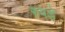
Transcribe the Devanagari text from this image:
रुपडें